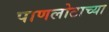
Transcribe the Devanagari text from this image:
पाणलोटाच्या